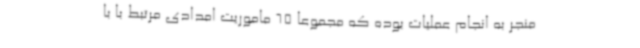
منجر به انجام عملیات بوده که مجموعا 65 ماموریت امدادی مرتبط با با